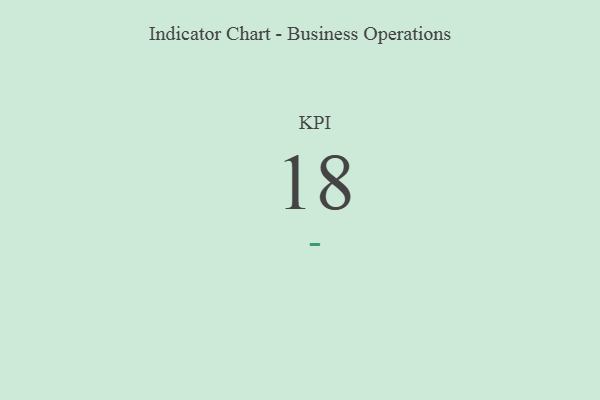
{"axis": {"x": "KPI", "y": "Value"}, "legend": [""], "data": [{"x": "KPI", "y": 18, "type": ""}]}